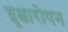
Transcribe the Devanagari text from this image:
व्रुक्षारोपन